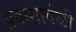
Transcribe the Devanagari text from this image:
प्रवासावेळी